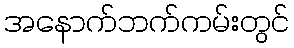
အနောက်ဘက်ကမ်းတွင်